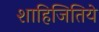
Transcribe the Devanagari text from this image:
शाहिजितिये